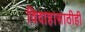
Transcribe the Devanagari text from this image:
विवाहासाठीही